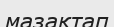
мазақтап